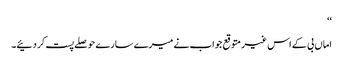
‘‘
اماں بی کے اس غیر متوقع جواب نے میرے سارے حوصلے پست کر دئیے۔